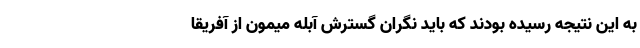
به این نتیجه رسیده بودند که باید نگران گسترش آبله میمون از آفریقا